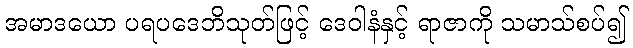
အမာဒယော ပရပဒေဘိသုတ်ဖြင့် ဒေဝါနံနှင့် ရာဇာကို သမာသ်စပ်၍